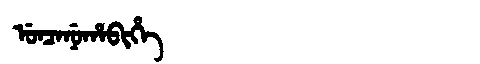
Manchu: ᡠᠨᠴᠠᠨᡠᡥᠠᠪᡳᡥᡝ
Romanization: UNCANUHABIHE